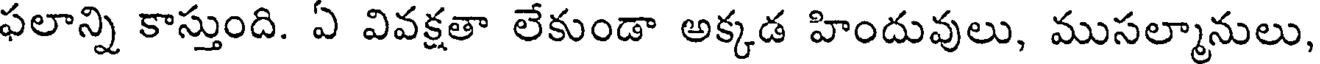
ఫలాన్ని కాస్తుంది. ఏ వివక్షతా లేకుండా అక్కడ హిందువులు, ముసల్మానులు,